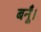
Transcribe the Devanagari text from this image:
बनूँ।